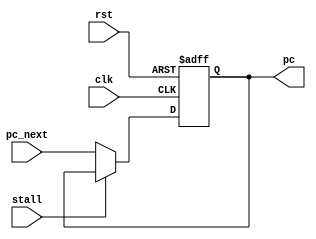
module pc (
    input [31:0] pc_next,
    input clk,rst, stall,
    output reg [31:0] pc
);
    // reg [31:0] pc;
    // assign pc_next = 32'b0;
always @(posedge clk or negedge rst) begin
    if (!rst) pc <= 32'b0;
    else if (stall) pc <= pc;
    else 
    pc <= pc_next;    
end
endmodule